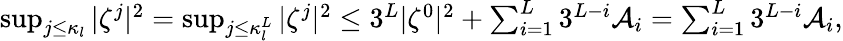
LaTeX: \begin{array}{r}{\operatorname*{sup}_{j\leq\kappa_{l}}|\zeta^{j}|^{2}=\operatorname*{sup}_{j\leq\kappa_{l}^{L}}|\zeta^{j}|^{2}\leq 3^{L}|\zeta^{0}|^{2}+\sum_{i=1}^{L}3^{L-i}\mathcal{A}_{i}=\sum_{i=1}^{L}3^{L-i}\mathcal{A}_{i},}\end{array}